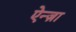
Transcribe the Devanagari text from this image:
ऐन्ज़ा